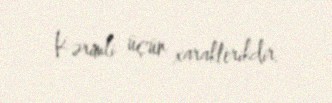
Kərimli üçün xarakterikdir.